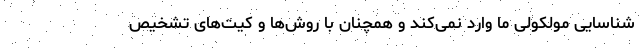
شناسایی مولکولی ما وارد نمی‌کند و همچنان با روش‌ها و کیت‌های تشخیص